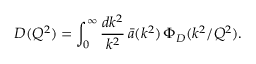
D ( Q ^ { 2 } ) = \int _ { 0 } ^ { \infty } { \frac { d k ^ { 2 } } { k ^ { 2 } } } \, \bar { a } ( k ^ { 2 } ) \, \Phi _ { D } ( k ^ { 2 } / Q ^ { 2 } ) .